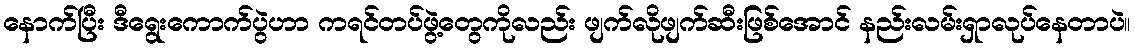
နောက်ပြီး ဒီရွေးကောက်ပွဲဟာ ကရင်တပ်ဖွဲ့တွေကိုလည်း ဖျက်လိုဖျက်ဆီးဖြစ်အောင် နည်းလမ်းရှာလုပ်နေတာပဲ။